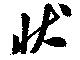
状